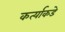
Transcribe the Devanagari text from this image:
कर्त्याकडे